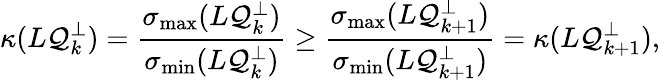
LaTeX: \kappa(L\mathcal{Q}_{k}^{\perp})=\frac{{\sigma_{\operatorname*{max}}(L\mathcal{Q}_{k}^{\perp})}}{{\sigma_{\operatorname*{min}}(L\mathcal{Q}_{k}^{\perp})}}\geq\frac{{\sigma_{\operatorname*{max}}(L\mathcal{Q}_{k+1}^{\perp})}}{{\sigma_{\operatorname*{min}}(L\mathcal{Q}_{k+1}^{\perp})}}=\kappa(L\mathcal{Q}_{k+1}^{\perp}),